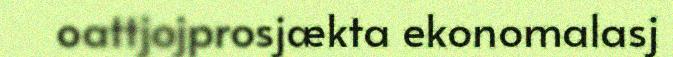
oattjojprosjækta ekonomalasj